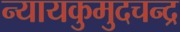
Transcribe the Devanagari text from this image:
न्यायकुमुदचन्द्र